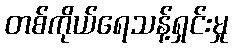
တစ်ကိုယ်ရေသန့်ရှင်းမှု